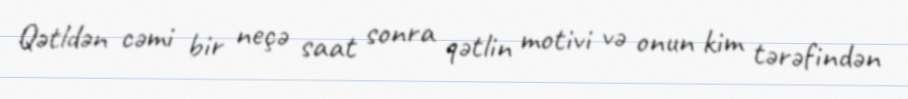
Qətldən cəmi bir neçə saat sonra qətlin motivi və onun kim tərəfindən